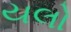
યલો